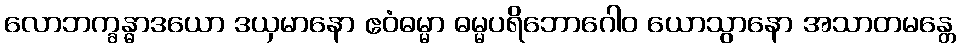
လောဘက္ခန္ဓာဒယော ဒယှမာနော ဧဝံဓမ္မာ ဓမ္မပရိဘောဂေါဝ ယောသွာနော အသာတမန္တေ